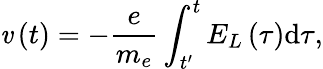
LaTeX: \mathit{v}\left(t\right)=-\frac{{e}}{{m_{e}}}\int_{t^{\prime}}^{t}E_{L}\left(\tau\right)\mathrm{{d}}\tau,